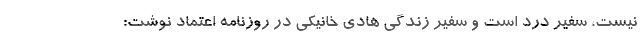
نیست، سفیر درد است و سفیر زندگی هادی خانیکی در روزنامه اعتماد نوشت: